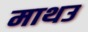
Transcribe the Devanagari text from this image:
माथउ